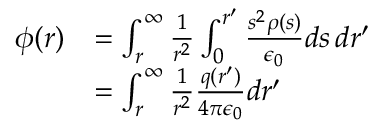
\begin{array} { r l } { \phi ( r ) } & { = \int _ { r } ^ { \infty } \frac { 1 } { r ^ { 2 } } \int _ { 0 } ^ { r ^ { \prime } } \frac { s ^ { 2 } \rho ( s ) } { \epsilon _ { 0 } } d s \, d r ^ { \prime } } \\ & { = \int _ { r } ^ { \infty } \frac { 1 } { r ^ { 2 } } \frac { q ( r ^ { \prime } ) } { 4 \pi \epsilon _ { 0 } } d r ^ { \prime } } \end{array}